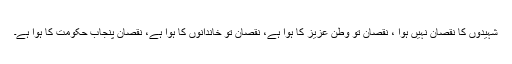
شہیدوں کا نقصان نہیں ہوا ، نقصان تو وطن عزیز کا ہوا ہے، نقصان تو خاندانوں کا ہوا ہے، نقصان پنجاب حکومت کا ہوا ہے۔